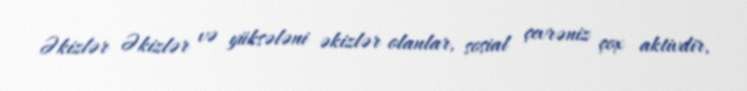
Əkizlər Əkizlər və yüksələni əkizlər olanlar, sosial çevrəniz çox aktivdir,